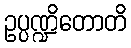
ဥပ္ပဏ္ဍိတောတိ